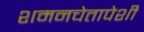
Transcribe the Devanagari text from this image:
शमनचेतापेशी